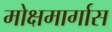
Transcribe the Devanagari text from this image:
मोक्षमार्गास